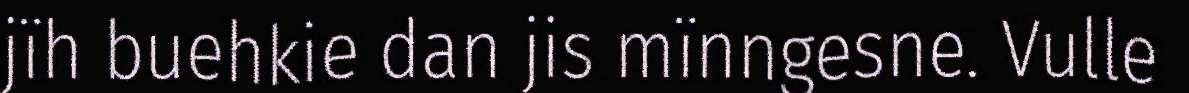
jïh buehkie dan jis mïnngesne. Vulle